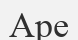
Аре